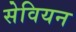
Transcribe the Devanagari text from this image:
सेवियन